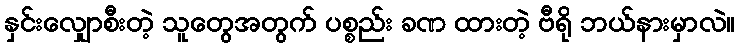
နှင်းလျှောစီးတဲ့ သူတွေအတွက် ပစ္စည်း ခဏ ထားတဲ့ ဗီရို ဘယ်နားမှာလဲ။